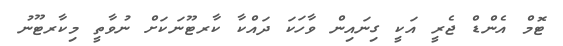
ޓޮމް އެންޑް ޖެރީ އަކީ ގިނައިން ވާހަކަ ދައްކާ ކާރޓޫނަކަށް ނުވާތީ މިކާރޓޫނު